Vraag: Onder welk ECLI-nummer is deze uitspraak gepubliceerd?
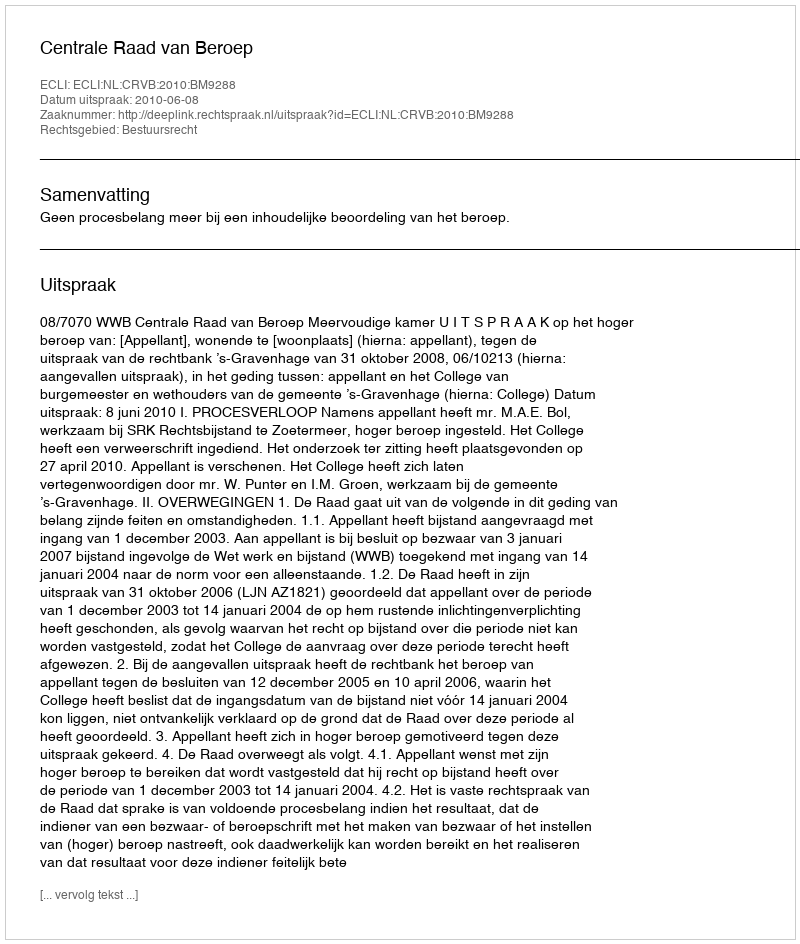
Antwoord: ECLI:NL:CRVB:2010:BM9288